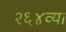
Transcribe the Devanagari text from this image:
२६४व्या